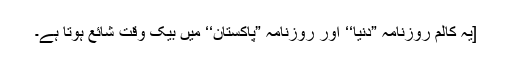
[یہ کالم روزنامہ ”دنیا‘‘ اور روزنامہ ”پاکستان‘‘ میں بیک وقت شائع ہوتا ہے۔